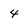
Character: 4